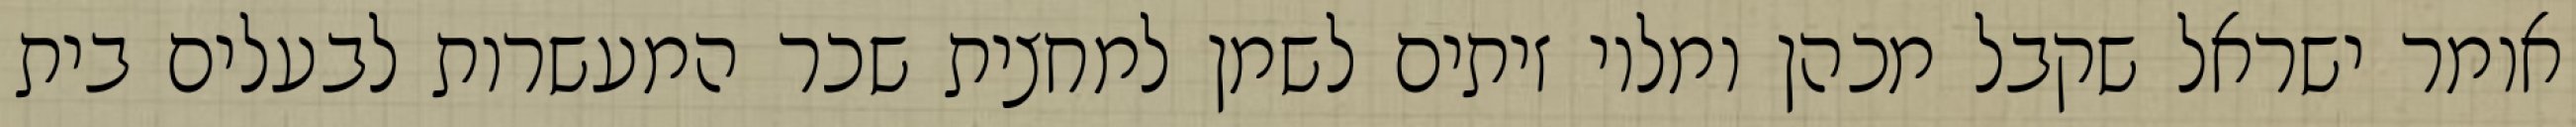
אומר ישראל שקבל מכהן ומלוי זיתים לשמן למחצית שכר המעשרות לבעלים בית